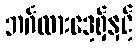
ဘင်္ဂလားဒေ့ရှ်နှင့်